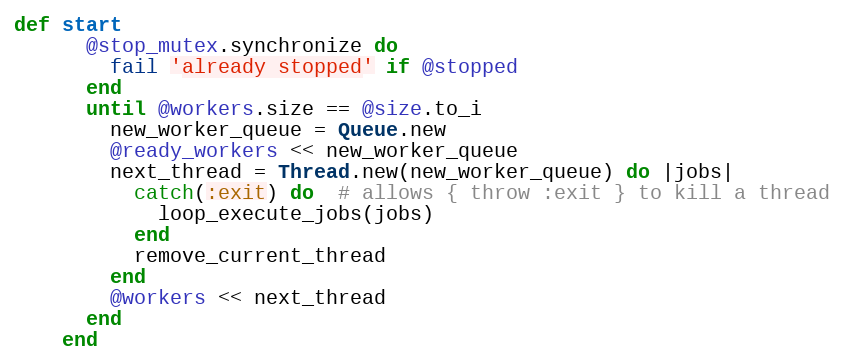
Language: Ruby
def start
      @stop_mutex.synchronize do
        fail 'already stopped' if @stopped
      end
      until @workers.size == @size.to_i
        new_worker_queue = Queue.new
        @ready_workers << new_worker_queue
        next_thread = Thread.new(new_worker_queue) do |jobs|
          catch(:exit) do  # allows { throw :exit } to kill a thread
            loop_execute_jobs(jobs)
          end
          remove_current_thread
        end
        @workers << next_thread
      end
    end